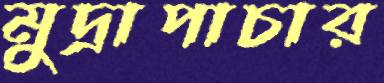
মুদ্রাপাচার